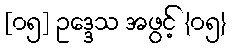
[၀၅] ဥဒ္ဒေသ အဖွင့် {၀၅}